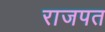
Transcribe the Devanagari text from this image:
राजपत